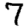
Digit: 7